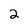
Character: 2